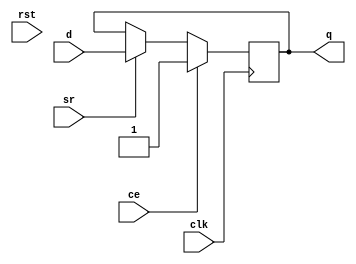
`timescale 1ns / 1ps
//////////////////////////////////////////////////////////////////////////////////
// Company: 
// Engineer: 
// 
// Design Name: 
// Module Name: ff
// Project Name: 
// Target Devices: 
// Tool Versions: 
// Description: 
// 
// Dependencies: 
// 
// Revision:
// Revision 0.01 - File Created
// Additional Comments:
// 
//////////////////////////////////////////////////////////////////////////////////


module ff(
    input clk,
    input rst,
    input ce,
    input sr,
    input d,
    output reg q
    );
    always @ (posedge clk)
    	if(ce)
    		q <= 1;
    	else if(sr)
    		q <= d;
    
    
endmodule